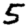
Digit: 5